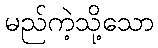
မည်ကဲ့သို့သော